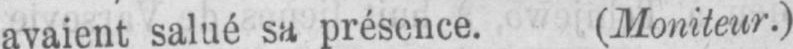
avaient salué sa présence. (Moniteur.)